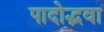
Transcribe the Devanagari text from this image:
पादोद्भवा